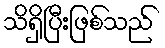
သိရှိပြီးဖြစ်သည်